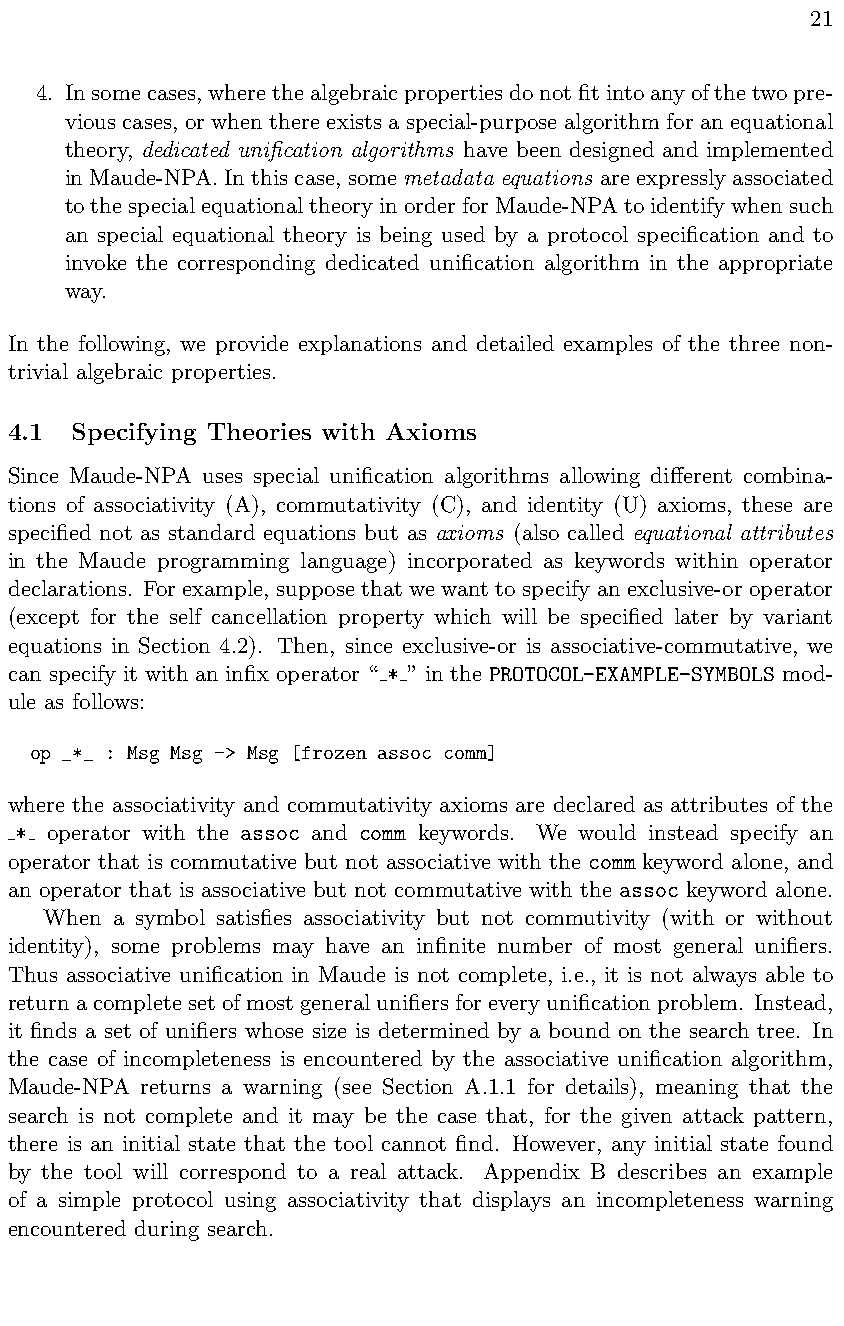
21
 4. Insomecases,wherethealgebraicpropertiesdonotfitintoanyofthetwopre-
 vious cases, or when there exists a special-purpose algorithm for an equational
 theory, dedicated unification algorithms have been designed and implemented
 inMaude-NPA.Inthiscase, somemetadata equations areexpresslyassociated
 tothespecialequationaltheoryinorderforMaude-NPAtoidentifywhensuch
 an special equational theory is being used by a protocol specification and to
 invoke the corresponding dedicated unification algorithm in the appropriate
 way.
 In the following, we provide explanations and detailed examples of the three non-
 trivial algebraic properties.
 4.1  Specifying Theories with Axioms
 Since Maude-NPA uses special unification algorithms allowing di↵erent combina-
 tions of associativity (A), commutativity (C), and identity (U) axioms, these are
 specified not as standard equations but as axioms (also called equational attributes
 in the Maude programming language) incorporated as keywords within operator
 declarations. For example, suppose that we want to specify an exclusive-or operator
 (except for the self cancellation property which will be specified later by variant
 equations in Section 4.2). Then, since exclusive-or is associative-commutative, we
 can specify it with an infix operator “ * ” in the PROTOCOL-EXAMPLE-SYMBOLS mod-
 ule as follows:
 op _*_ : Msg Msg -> Msg [frozen assoc comm]
 where the associativity and commutativity axioms are declared as attributes of the
 * operator with the assoc and comm keywords. We would instead specify an
 operator that is commutative but not associative with the comm keyword alone, and
 an operator that is associative but not commutative with the assoc keyword alone.
 When a symbol satisfies associativity but not commutivity (with or without
 identity), some problems may have an infinite number of most general unifiers.
 Thus associative unification in Maude is not complete, i.e., it is not always able to
 returnacompletesetofmostgeneralunifiersforeveryunificationproblem. Instead,
 it finds a set of unifiers whose size is determined by a bound on the search tree. In
 the case of incompleteness is encountered by the associative unification algorithm,
 Maude-NPA returns a warning (see Section A.1.1 for details), meaning that the
 search is not complete and it may be the case that, for the given attack pattern,
 there is an initial state that the tool cannot find. However, any initial state found
 by the tool will correspond to a real attack. Appendix B describes an example
 of a simple protocol using associativity that displays an incompleteness warning
 encountered during search.